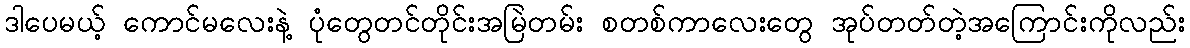
ဒါပေမယ့် ကောင်မလေးနဲ့ ပုံတွေတင်တိုင်းအမြဲတမ်း စတစ်ကာလေးတွေ အုပ်တတ်တဲ့အကြောင်းကိုလည်း